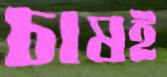
চাষই